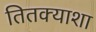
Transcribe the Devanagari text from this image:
तितक्याशा